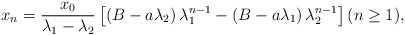
\begin{align*}x_n=\frac{x_0}{\lambda_1-\lambda_2}\left[\left(B-a\lambda_2\right)\lambda_1^{n-1}-\left(B-a\lambda_1\right)\lambda_2^{n-1}\right](n\geq 1),\end{align*}